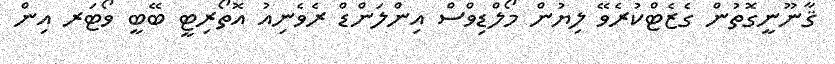
ޤާނޫނީގޮތުން ގެޒެޓްކުރެވޭ ލިޔުން މޯލްޑިވްސް އިންލަންޑް ރެވެނިއު އޮތޯރިޓީ ބޭބީ ވޯޓަރ އިން